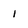
Character: I